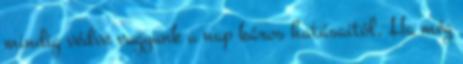
mindig védve vagyunk a nap káros hatásaitól. Ha még